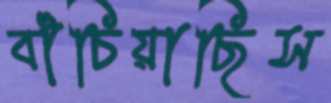
বাঁচিয়াছিস